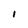
Character: I